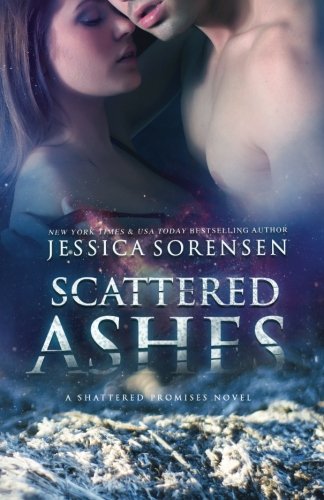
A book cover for Scattered Ashes (Shattered Promises, #4) (Volume 4); Jessica Sorensen; Science Fiction & Fantasy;